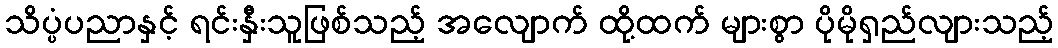
သိပ္ပံပညာနှင့် ရင်းနှီးသူဖြစ်သည့် အလျောက် ထို့ထက် များစွာ ပိုမိုရှည်လျားသည့်